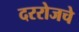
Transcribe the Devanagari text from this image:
दररोजचे